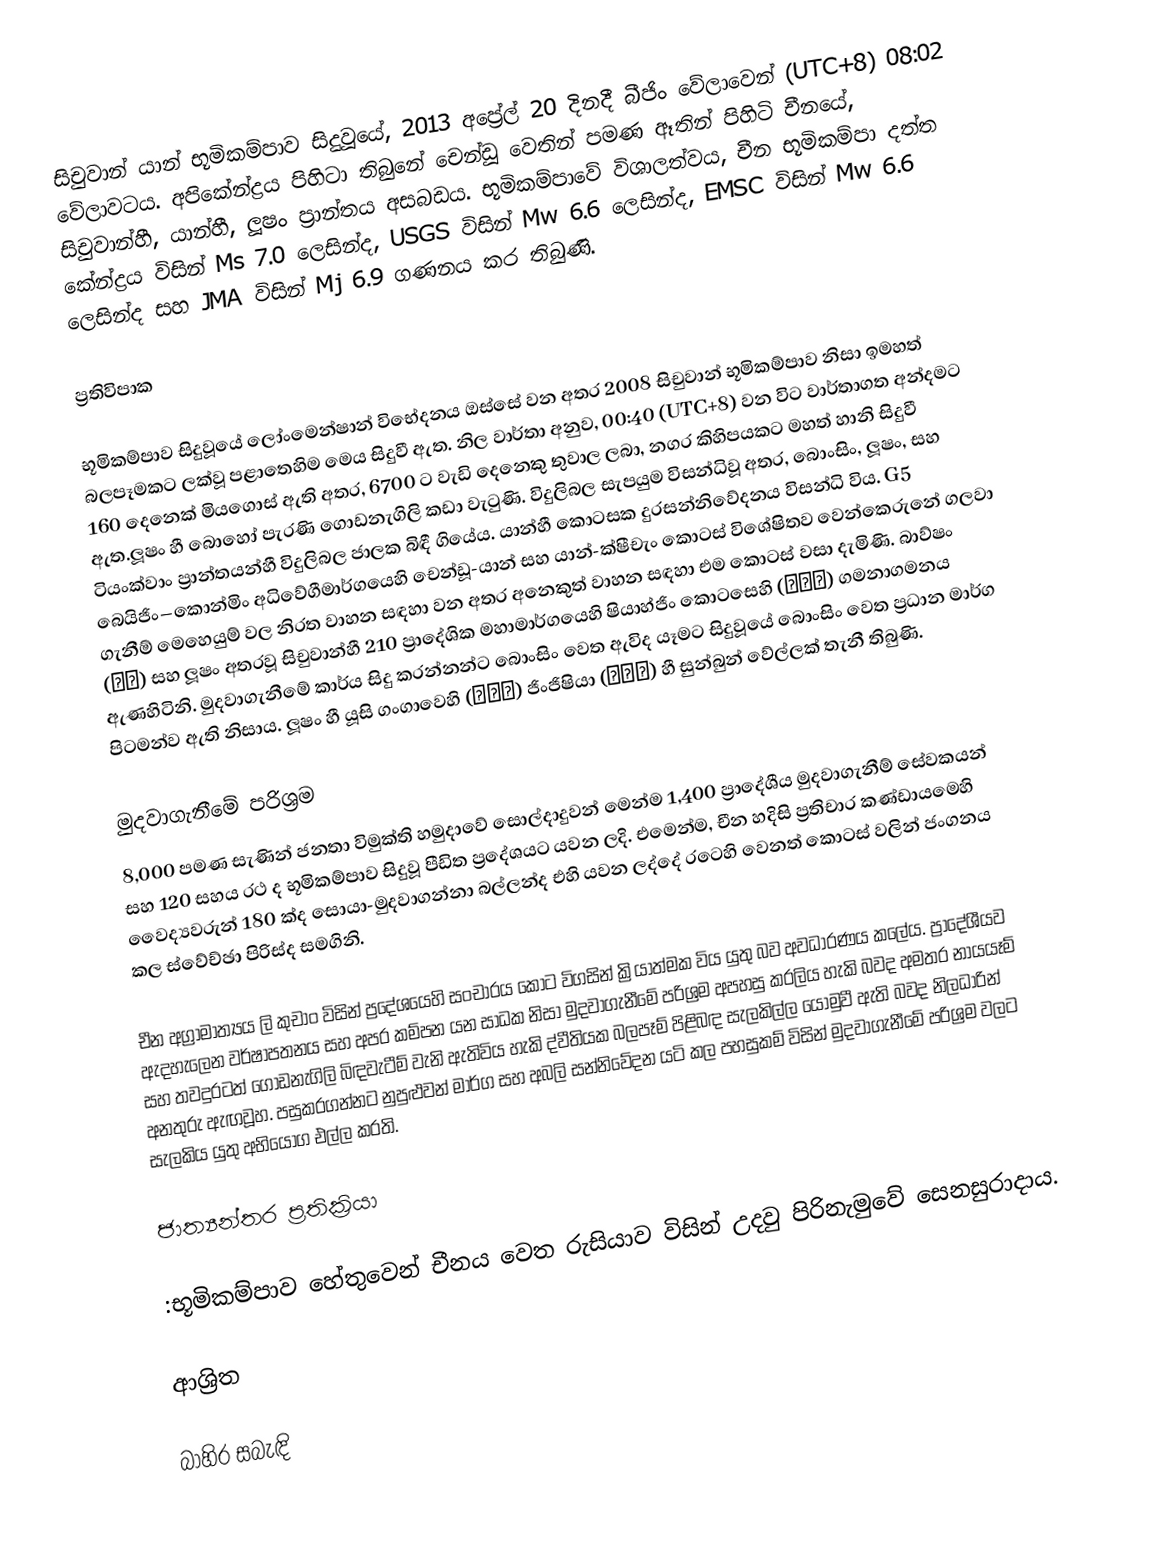
සිචුවාන් යාන් භූමිකම්පාව සිදුවූයේ, 2013 අප්‍රේල් 20 දිනදී බීජිං වේලාවෙන්  (UTC+8) 08:02 වේලාවටය. අපිකේන්ද්‍රය පිහිටා තිබුනේ චෙන්ඩූ වෙතින්  පමණ ඈතින් පිහිටි චීනයේ, සිචුවාන්හී, යාන්හී, ලූෂං  ප්‍රාන්තය අසබඩය.  භූමිකම්පාවේ විශාලත්වය,  චීන භූමිකම්පා දත්ත කේන්ද්‍රය විසින්  Ms 7.0  ලෙසින්ද, USGS විසින් Mw 6.6 ලෙසින්ද, EMSC විසින්  Mw 6.6 ලෙසින්ද සහ JMA විසින් Mj 6.9 ගණනය කර තිබුණි.

ප්‍රතිවිපාක

භූමිකම්පාව සිදුවූයේ  ලෝංමෙන්ෂාන් විභේදනය ඔස්සේ වන අතර 2008 සිචුවාන් භූමිකම්පාව නිසා ඉමහත් බලපෑමකට ලක්වූ පළාතෙහිම මෙය සිදුවී ඇත.  නිල වාර්තා අනුව, 00:40 (UTC+8) වන විට වාර්තාගත අන්දමට 160 දෙනෙක් මියගොස් ඇති අතර, 6700 ට වැඩි දෙනෙකු තුවාල ලබා, නගර කිහිපයකට මහත් හානි සිදුවී ඇත.ලූෂං හී බොහෝ පැරණි ගොඩනැගිලි කඩා වැටුණි.  විදුලිබල සැපයුම  විසන්ධිවූ අතර, බොංසිං, ලූෂං, සහ   ටියංක්වාං ප්‍රාන්තයන්හී විදුලිබල ජාලක බිඳී ගියේය.  යාන්හී කොටසක දුරසන්නිවේදනය විසන්ධි විය.   G5 බෙයිජිං–කොන්මිං අධිවේගීමාර්ගයෙහි චෙන්ඩූ-යාන් සහ යාන්-ක්ෂීචැං  කොටස් විශේෂිතව වෙන්කෙරුනේ  ගලවා ගැනීම් මෙහෙයුම් වල නිරත වාහන සඳහා වන අතර අනෙකුත් වාහන සඳහා එම කොටස් වසා දැමිණි.  බාව්ෂං (宝山) සහ  ලූෂං අතරවූ  සිචුවාන්හී  210  ප්‍රාදේශික මහාමාර්ගයෙහි  ෂියාහ්ජිං  කොටසෙහි  (小金段)  ගමනාගමනය ඇණහිටිනි. මුදවාගැනීමේ කාර්ය සිදු කරන්නන්ට බොංසිං වෙත ඇවිද යෑමට සිදුවූයේ බොංසිං වෙත ප්‍රධාන මාර්ග පිටමන්ව ඇති නිසාය.  ලූෂං හී යූසි ගංගාවෙහි (玉溪河) ජිංජිෂියා  (金鸡峡)  හී සුන්බුන් වේල්ලක් තැනී තිබුණි.

මුදවාගැනීමේ පරිශ්‍රම
8,000 පමණ සැණින් ජනතා විමුක්ති හමුදාවේ සොල්දාදුවන් මෙන්ම 1,400 ප්‍රාදේශීය මුදවාගැනීම් සේවකයන් සහ 120 සහය  රථ ද භූමිකම්පාව සිදුවූ පීඩිත ප්‍රදේශයට යවන ලදි. එමෙන්ම, චීන හදිසි ප්‍රතිචාර කණ්ඩායමෙහි වෛද්‍යවරුන් 180 ක්ද  සොයා-මුදවාගන්නා බල්ලන්ද එහි යවන ලද්දේ රටෙහි වෙනත් කොටස් වලින් ජංගනය කල ස්වේච්ඡා පිරිස්ද සමගිනි.

චීන අග්‍රාමාත්‍යය ලි කුචාං විසින් ප්‍රදේශයෙහි සංචාරය කොට විගසින් ක්‍රියාත්මක විය යුතු බව අවධාරණය කලේය. ප්‍රාදේශීයව ඇදහැලෙන  වර්ෂාපතනය සහ  අපර කම්පන යන සාධක නිසා මුදවාගැනීමේ පරිශ්‍රම අපහසු කරලිය හැකි බවද අමතර නායයෑම් සහ තවදුරටත්  ගොඩනැගිලි බිඳවැටීම් වැනි ඇතිවිය හැකි ද්වීතියක බලපෑම් පිළිබඳ සැලකිල්ල යොමුවී ඇති බවද නිලධාරින් අනතුරු ඇඟවූහ.  පසුකරගන්නට නුපුළුවන් මාර්ග සහ අබලි සන්නිවේදන යටි කල පහසුකම් විසින් මුදවාගැනීමේ පරිශ්‍රම වලට සැලකිය යුතු අභියෝග එල්ල කරති.

ජාත්‍යන්තර ප්‍රතික්‍රියා

:භූමිකම්පාව හේතුවෙන් චීනය වෙත රුසියාව විසින් උදවු පිරිනැමුවේ  සෙනසුරාදාය.

ආශ්‍රිත

බාහිර සබැඳි